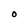
Character: O